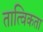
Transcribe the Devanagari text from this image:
तात्विकता